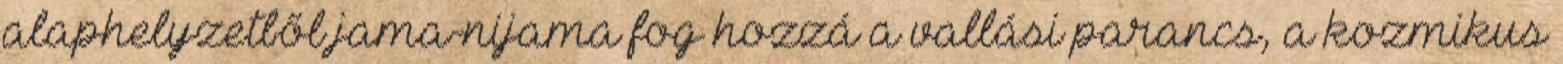
alaphelyzetből jama-nijama fog hozzá a vallási parancs, a kozmikus